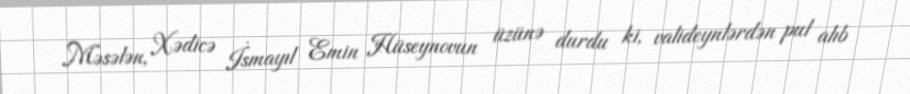
Məsələn, Xədicə İsmayıl Emin Hüseynovun üzünə durdu ki, valideynlərdən pul alıb